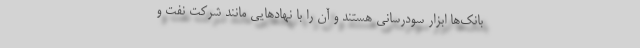
بانک‌ها ابزار سودرسانی هستند و آن را با نهادهایی مانند شرکت نفت و